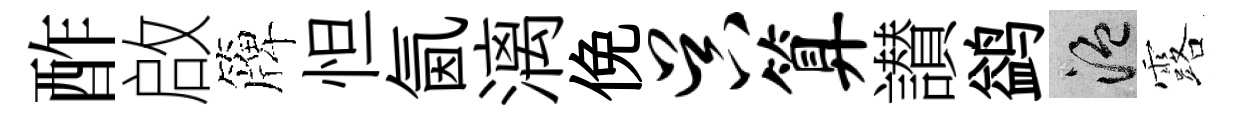
酢啟簰怛氤漓俛吴算讃鹢温露